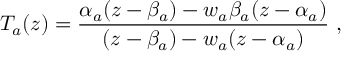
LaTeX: T _ { a } ( z ) = \frac { \alpha _ { a } ( z - \beta _ { a } ) - w _ { a } \beta _ { a } ( z - \alpha _ { a } ) } { ( z - \beta _ { a } ) - w _ { a } ( z - \alpha _ { a } ) } \ ,